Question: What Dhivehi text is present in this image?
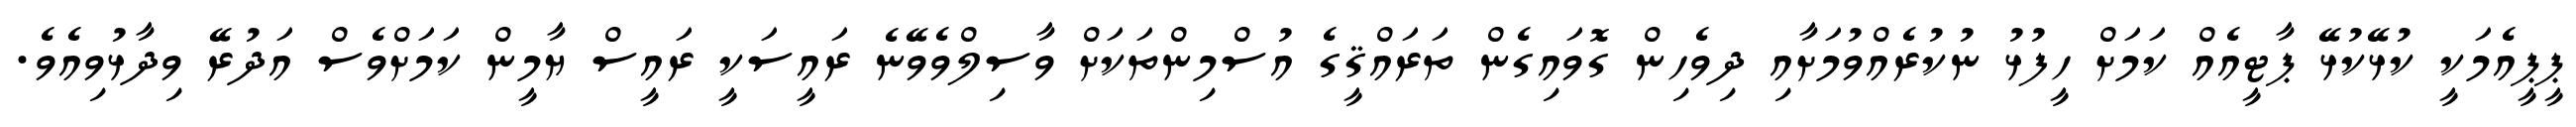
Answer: ޕީޕީއެމަކީ ކުޅޭކުޅޭ ޕާޓީއެއް ކަމަށް ހީފުޅު ނުކުރެއްވުމަށާއި ދިވެހިން ގޮވައިގެން ތަރައްޤީގެ އުސްމިންތަކަށް ވާސިލްވެވޭނެ ރައީސަކީ ރައީސް ޔާމީން ކަމަށްވެސް އަދުރޭ ވިދާޅުވިއެވެ.